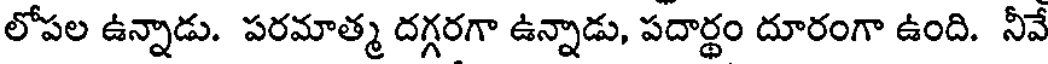
లోపల ఉన్నాడు. పరమాత్మ దగ్గరగా ఉన్నాడు, పదార్థం దూరంగా ఉంది. నీవే